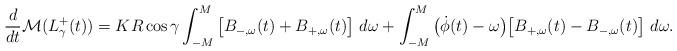
LaTeX: \begin{align*}\frac{d}{dt}\mathcal{M}(L^+_{\gamma}(t)) = KR \cos\gamma\int_{-M}^M\big[B_{-,\omega}(t)+B_{+,\omega}(t)\big] ~ d\omega + \int_{-M}^M\big(\dot{\phi}(t)-\omega\big)\big[B_{+,\omega}(t)-B_{-,\omega}(t)\big] ~ d\omega.\end{align*}